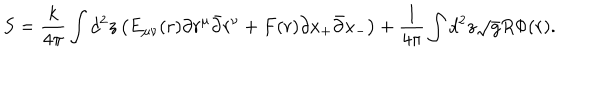
LaTeX: S = \frac { k } { 4 \pi } \int d ^ { 2 } z \left( E _ { \mu \nu } ( r ) \partial r ^ { \mu } \bar { \partial } r ^ { \nu } + F ( r ) \partial x _ { + } \bar { \partial } x _ { - } \right) + \frac { 1 } { 4 \pi } \int d ^ { 2 } z \sqrt { g } R \Phi ( r ) .